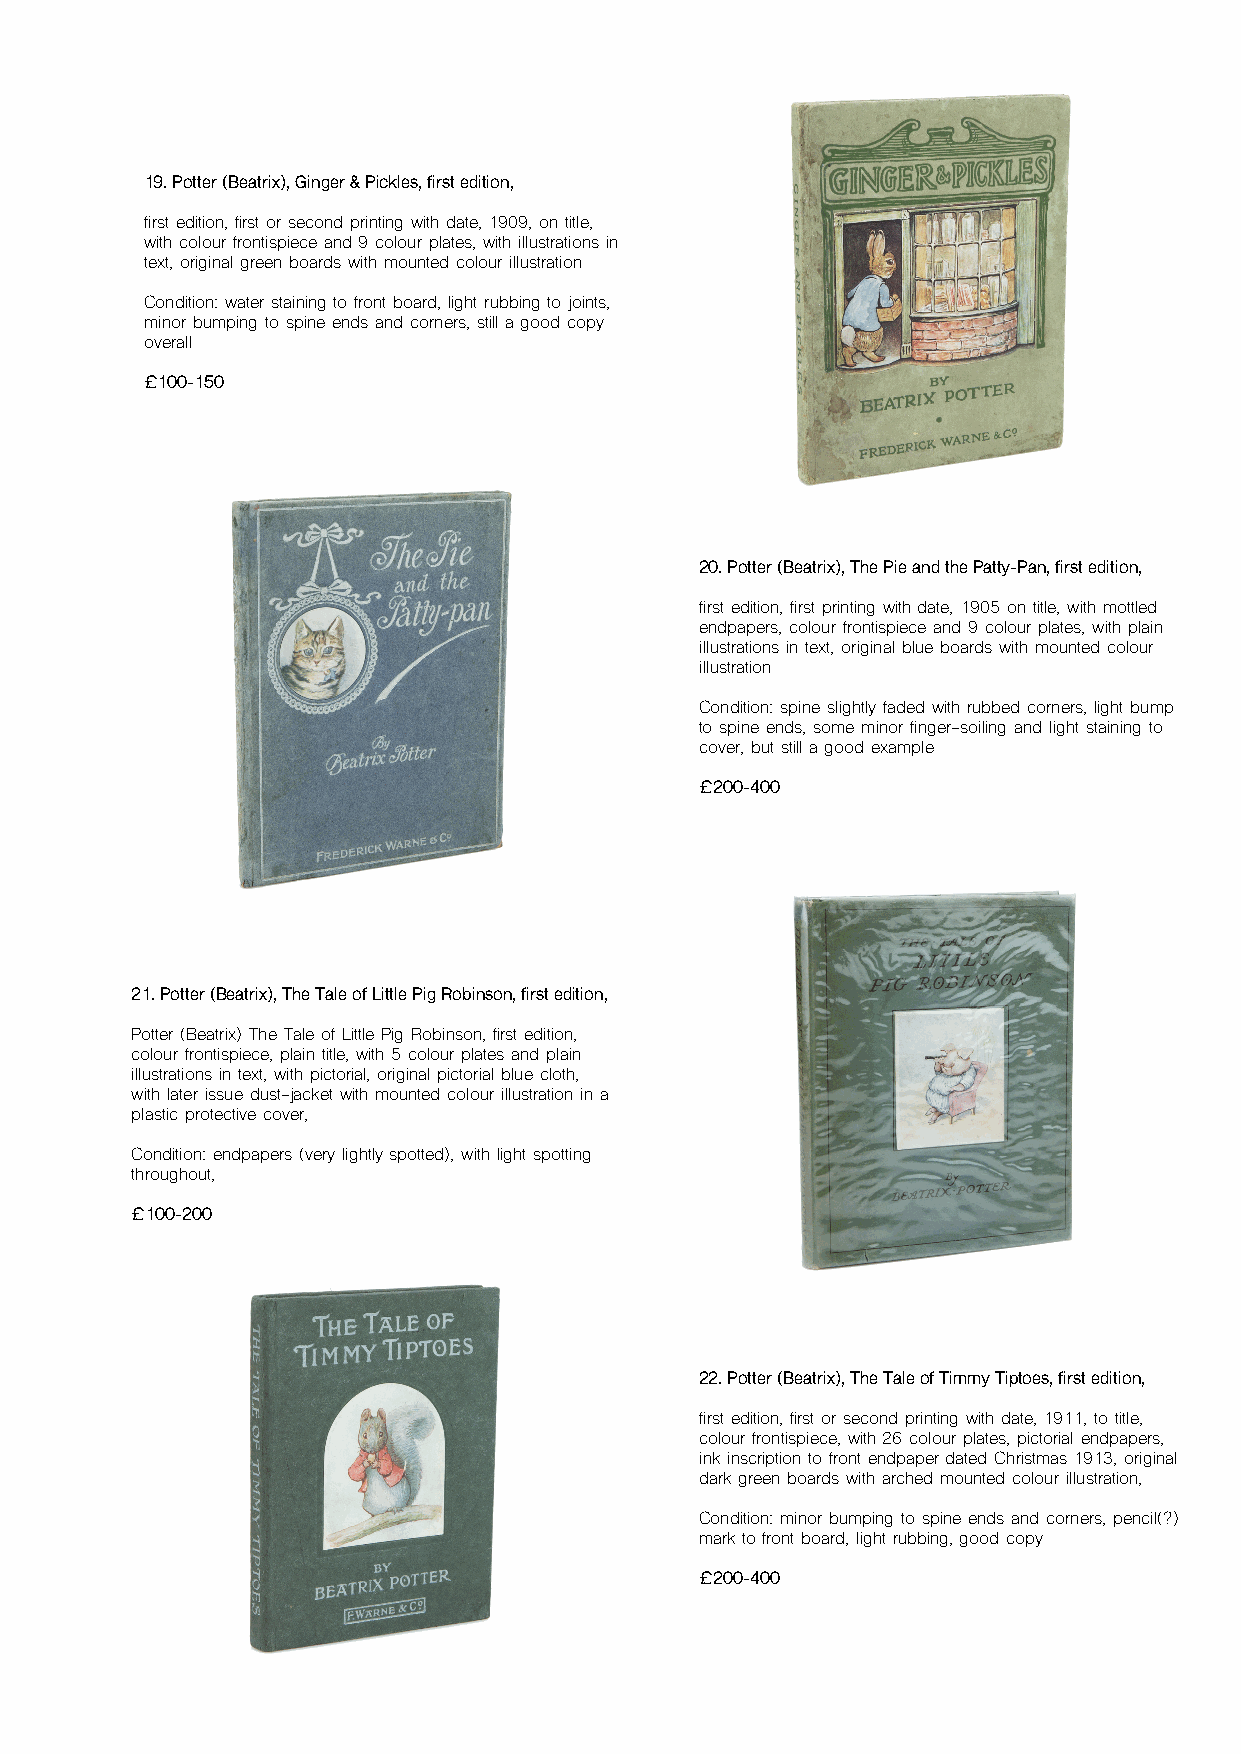
19. Potter (Beatrix), Ginger & Pickles, first edition,
 first edition, first or second printing with date, 1909, on title,
 with colour frontispiece and 9 colour plates, with illustrations in
 text, original green boards with mounted colour illustration
 Condition: water staining to front board, light rubbing to joints,
 minor bumping to spine ends and corners, still a good copy
 overall
 £100-150
 20. Potter (Beatrix), The Pie and the Patty-Pan, first edition,
 first edition, first printing with date, 1905 on title, with mottled
 endpapers, colour frontispiece and 9 colour plates, with plain
 illustrations in text, original blue boards with mounted colour
 illustration
 Condition: spine slightly faded with rubbed corners, light bump
 to spine ends, some minor finger-soiling and light staining to
 cover, but still a good example
 £200-400
 21. Potter (Beatrix), The Tale of Little Pig Robinson, first edition,
 Potter (Beatrix) The Tale of Little Pig Robinson, first edition,
 colour frontispiece, plain title, with 5 colour plates and plain
 illustrations in text, with pictorial, original pictorial blue cloth,
 with later issue dust-jacket with mounted colour illustration in a
 plastic protective cover,
 Condition: endpapers (very lightly spotted), with light spotting
 throughout,
 £100-200
 22. Potter (Beatrix), The Tale of Timmy Tiptoes, first edition,
 first edition, first or second printing with date, 1911, to title,
 colour frontispiece, with 26 colour plates, pictorial endpapers,
 ink inscription to front endpaper dated Christmas 1913, original
 dark green boards with arched mounted colour illustration,
 Condition: minor bumping to spine ends and corners, pencil(?)
 mark to front board, light rubbing, good copy
 £200-400